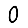
Digit: 0